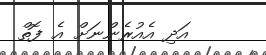
އަދި އެއުރެންނަށް އެ ފޮތް